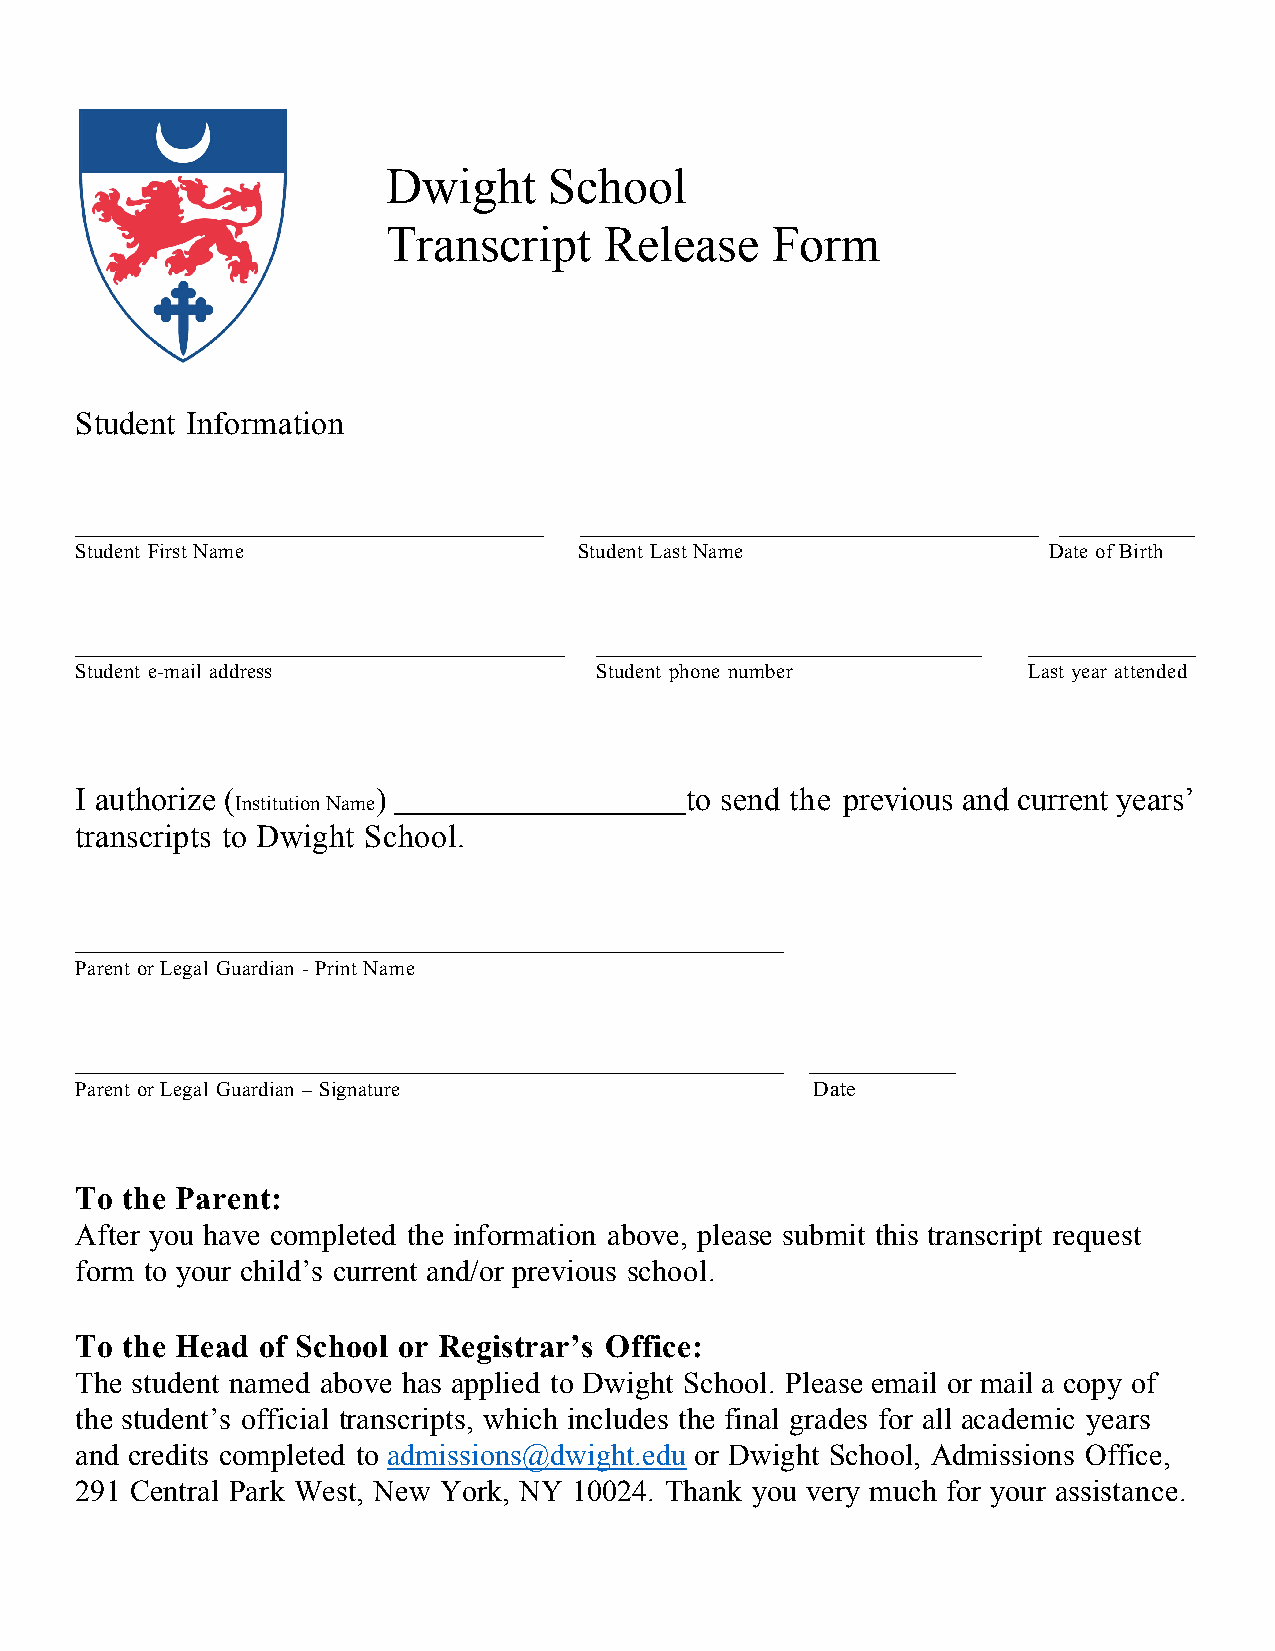
Dwight    School
 Transcript    Release    Form
 Student Information
 Student First Name               Student Last Name              Date of Birth
 Student e-mail address            Student phone number         Last year attended
 I authorize (       )                   to send the previous and current years’
 Institution Name
 transcripts to Dwight School.
 Parent or Legal Guardian - Print Name
 Parent or Legal Guardian – Signature             Date
 To the Parent:
 After you have completed the information above, please submit this transcript request
 form to your child’s current and/or previous school.
 To the Head of School or Registrar’s Office:
 The student named above has applied to Dwight School. Please email or mail a copy of
 the student’s official transcripts, which includes the final grades for all academic years
 and credits completed to admissions@dwight.edu or Dwight School, Admissions Office,
 291 Central Park West, New York, NY 10024. Thank you very much for your assistance.